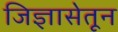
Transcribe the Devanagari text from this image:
जिज्ञासेतून